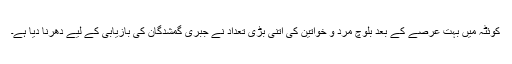
کوئٹہ میں بہت عرصے کے بعد بلوچ مرد و خواتین کی اتنی بڑی تعداد نے جبری گمشدگان کی بازیابی کے لیے دھرنا دیا ہے۔